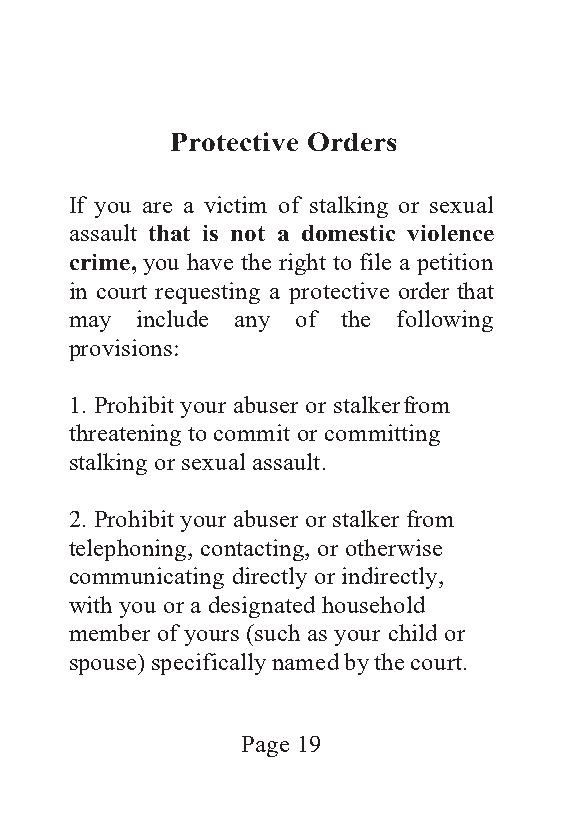
Protective Orders
 If you are a victim of stalking or sexual
 assault that is not a domestic violence
 crime, you have the right to file a petition
 in court requesting a protective order that
 may include any of the following
 provisions:
 1. Prohibit your abuser or stalker from
 threatening to commit or committing
 stalking or sexual assault.
 2. Prohibit your abuser or stalker from
 telephoning, contacting, or otherwise
 communicating directly or indirectly,
 with you or a designated household
 member of yours (such as your child or
 spouse) specifically named by the court.
 Page 19